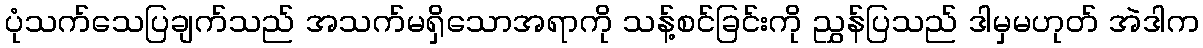
ပုံသက်သေပြချက်သည် အသက်မရှိသောအရာကို သန့်စင်ခြင်းကို ညွှန်ပြသည် ဒါမှမဟုတ် အဲဒါက